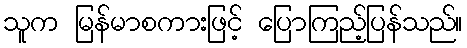
သူက မြန်မာစကားဖြင့် ပြောကြည့်ပြန်သည်။